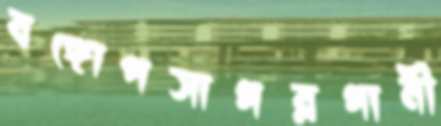
বঙ্গোপসাগরগামী